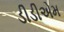
ડીડીએમ